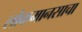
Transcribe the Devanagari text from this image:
लोकमानसाचा